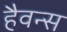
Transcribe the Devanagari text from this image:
हैवन्स